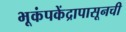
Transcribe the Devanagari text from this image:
भूकंपकेंद्रापासूनची